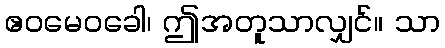
ဧဝမေဝခေါ၊ ဤအတူသာလျှင်။ သာ